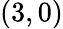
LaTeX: (3,0)